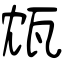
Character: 瓭